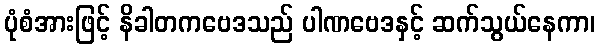
ပုံစံအားဖြင့် နိခါတကဗေဒသည် ပါဏဗေဒနှင့် ဆက်သွယ်နေကာ၊